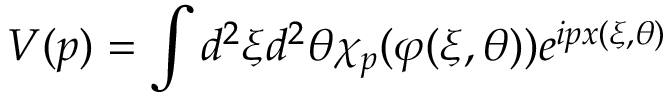
V ( p ) = \int d ^ { 2 } \xi d ^ { 2 } \theta \chi _ { p } ( \varphi ( \xi , \theta ) ) e ^ { i p x ( \xi , \theta ) }